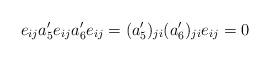
LaTeX: \begin{align*}e_{ij}a_5'e_{ij}a_6'e_{ij}=(a_5')_{ji}(a_6')_{ji}e_{ij}=0\end{align*}